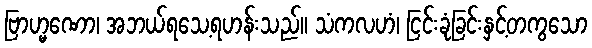
ဗြာဟ္မဏော၊ အဘယ်ရသေ့ရဟန်းသည်။ သံကလဟံ၊ ငြင်းခုံခြင်းနှင့်တကွသော